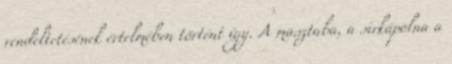
rendeltetésének értelmében történt így. A masztaba, a sirkápolna a